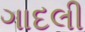
ગાદલી